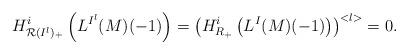
LaTeX: \begin{align*}H_{\mathcal{R}(I^l)_+}^i \left( L^{I^l}(M)(-1) \right) = \left( H_{R_+}^{i} \left(L^{I}(M)(-1) \right) \right)^{<l>} = 0.\end{align*}